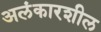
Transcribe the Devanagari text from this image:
अलंकारशील